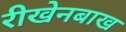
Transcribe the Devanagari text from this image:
रीखेनबाख